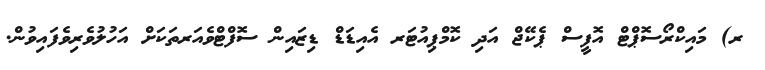
ރ) މައިކްރޯސޮޕްޓް އޮފީސް ޕެކޭޖް އަދި ކޮމްޕިއުޓަރ އެއިޑަޑް ޑިޒައިން ސޮފްޓްވެއަރތަކަށް އަހުލުވެރިވެފައިވުން.